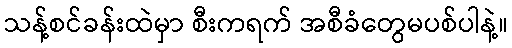
သန့်စင်ခန်းထဲမှာ စီးကရက် အစီခံတွေမပစ်ပါနဲ့။